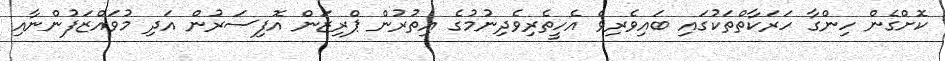
ކޮށްގެން ހިންގާ ހަރަކާތްތަކުގައި ބައިވެރިވެ އެހީތެރިވެދިނުމުގެ އިތުރުން ޕްރިޒަން އޮފިސަރުން އަދި މުވައްޒަފުންނާއި